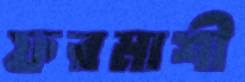
ফরমাশী